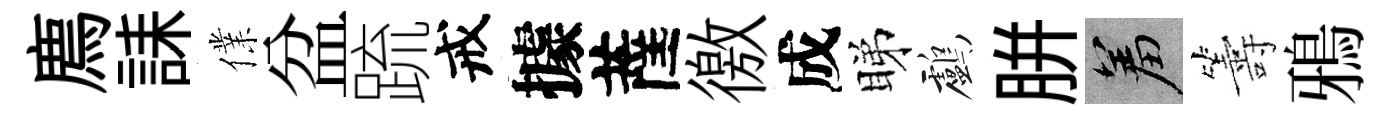
廌誄㒒盆䟽戒據薩徼成睇鸕胼羞籌鴉